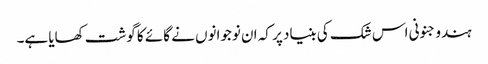
ہندو جنونی اس شک کی بنیاد پر کہ ان نوجوانوں نے گائے کا گوشت کھایا ہے۔